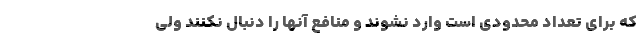
که برای تعداد محدودی است وارد نشوند و منافع آنها را دنبال نکنند ولی